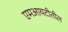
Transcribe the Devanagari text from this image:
एमआयटीतील